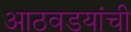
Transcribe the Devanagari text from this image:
आठवडयांची